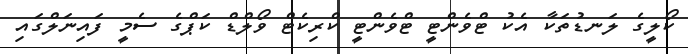
ކޯލީގެ ލަނޑުތަކާ އެކު ޓްވެންޓީ ޓްވެންޓީ ކްރިކެޓް ވޯލްޑް ކަޕްގެ ސެމީ ފައިނަލްގައި